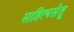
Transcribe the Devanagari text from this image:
साहित्यसेतू